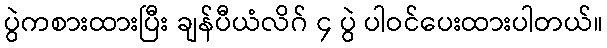
ပွဲကစားထားပြီး ချန်ပီယံလိဂ် ၄ ပွဲ ပါဝင်ပေးထားပါတယ်။